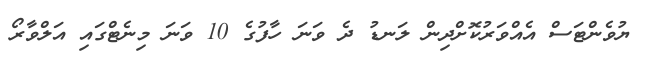
ޔުވެންޓަސް އެއްވަރުކޮށްދިން ލަނޑު ދެ ވަނަ ހާފުގެ 10 ވަނަ މިނެޓްގައި އަލްވާރޯ